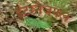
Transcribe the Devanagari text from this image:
इंटरनैजनल